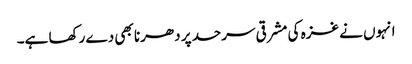
انہوں نے غزہ کی مشرقی سرحد پر دھرنا بھی دے رکھا ہے۔